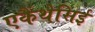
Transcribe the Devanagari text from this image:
एकैंथेसिई